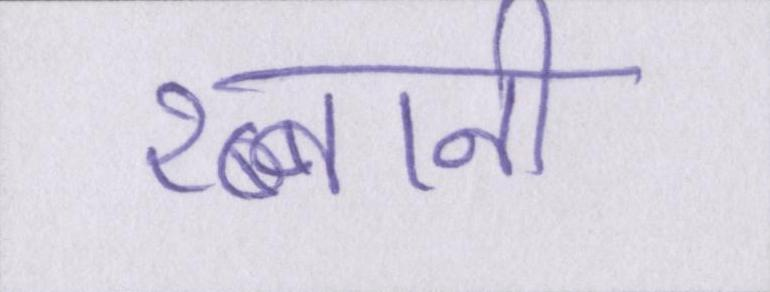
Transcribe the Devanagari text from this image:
रब्बानी